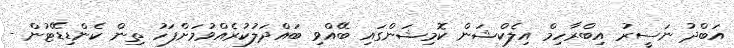
އަބްދު ނަސީރު އިބްރާހިމް އިލެކްޝަން ކޮމިޝަންގައި ބޭއްވި ބައްދަލުކުރެއްވުމަށްފަހު ތިން ކެންޑިޑޭޓުން -